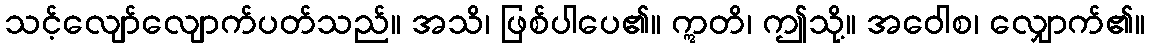
သင့်လျော်လျောက်ပတ်သည်။ အသိ၊ ဖြစ်ပါပေ၏။ ဣတိ၊ ဤသို့။ အဝေါစ၊ လျှောက်၏။